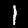
Label: 1